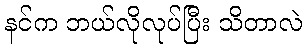
နင်က ဘယ်လိုလုပ်ပြီး သိတာလဲ